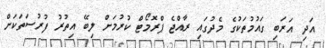
އަދި އަރަބި ގައުމުތަކުގެ މެދުގައި ރާއްޖެ ޕްރޮމޯޓް ކުރުމަށް ލިބޭ އިތުރު ފުރުސަތަކަށް